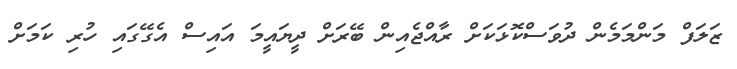
ޒަލަފް މަންމަމެން ދުވަސްކޮޅަކަށް ރާއްޖެއިން ބޭރަށް ދީޔައީމަ އައިސް އެގޭގައި ހުރި ކަމަށް